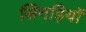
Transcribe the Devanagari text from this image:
सिगड़ियों